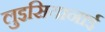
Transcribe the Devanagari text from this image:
लुइसियानाई